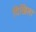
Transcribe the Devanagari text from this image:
दिखिला